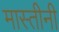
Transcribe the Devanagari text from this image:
मास्तीनी